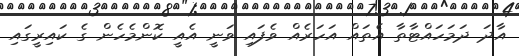
އާދަ ދަމަހައްޓާތާ އެތައް އަހަރެއް ވެފައި ވަނީ އެއީ ކޮންމެހެން ގެ ކައިރީގައި